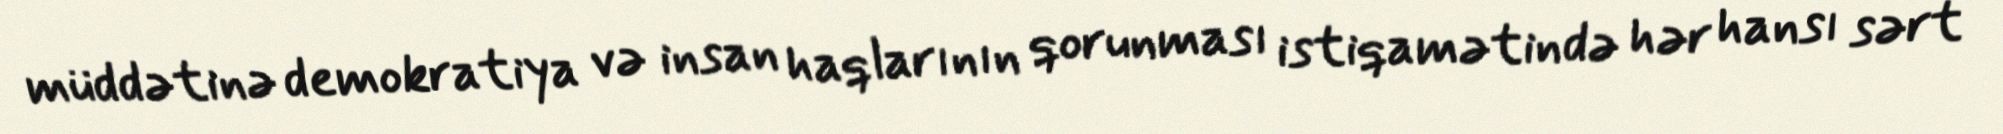
müddətinə demokratiya və insan haqlarının qorunması istiqamətində hər hansı sərt